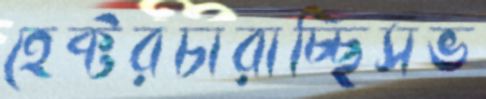
হেক্টরচারাচ্ছিসভ